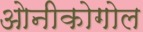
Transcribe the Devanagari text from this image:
ओनीकोगोल